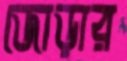
জোড়ার